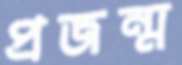
প্রজন্ম